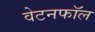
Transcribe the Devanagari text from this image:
वेटनफॉल